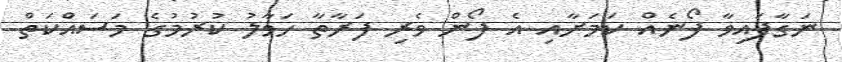
ނަގާފައިވާ ފޯނެއް ކަމަށާއި އެ ފޯން ވެރި ފަރާތާ ހަވާލު ކުރުމުގެ މަސައްކަތް